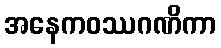
အနေကဝဿဂဏိကာ